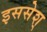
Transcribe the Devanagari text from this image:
इससेश्